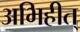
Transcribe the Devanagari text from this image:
अभिहीत्